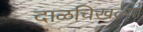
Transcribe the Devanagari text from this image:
दाळचिखल्या